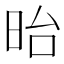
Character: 𣅿